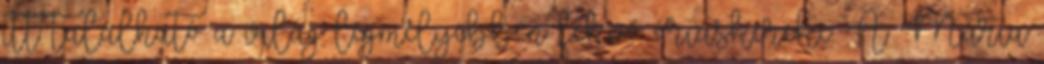
itt található a világ legmélyebben fekvő óriáskereke. A Mária